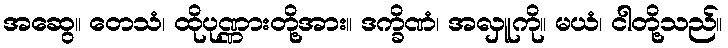
အဆွေ။ တေသံ၊ ထိုပုဏ္ဏားတို့အား။ ဒက္ခိဏံ၊ အလှူကို။ မယံ၊ ငါတို့သည်။